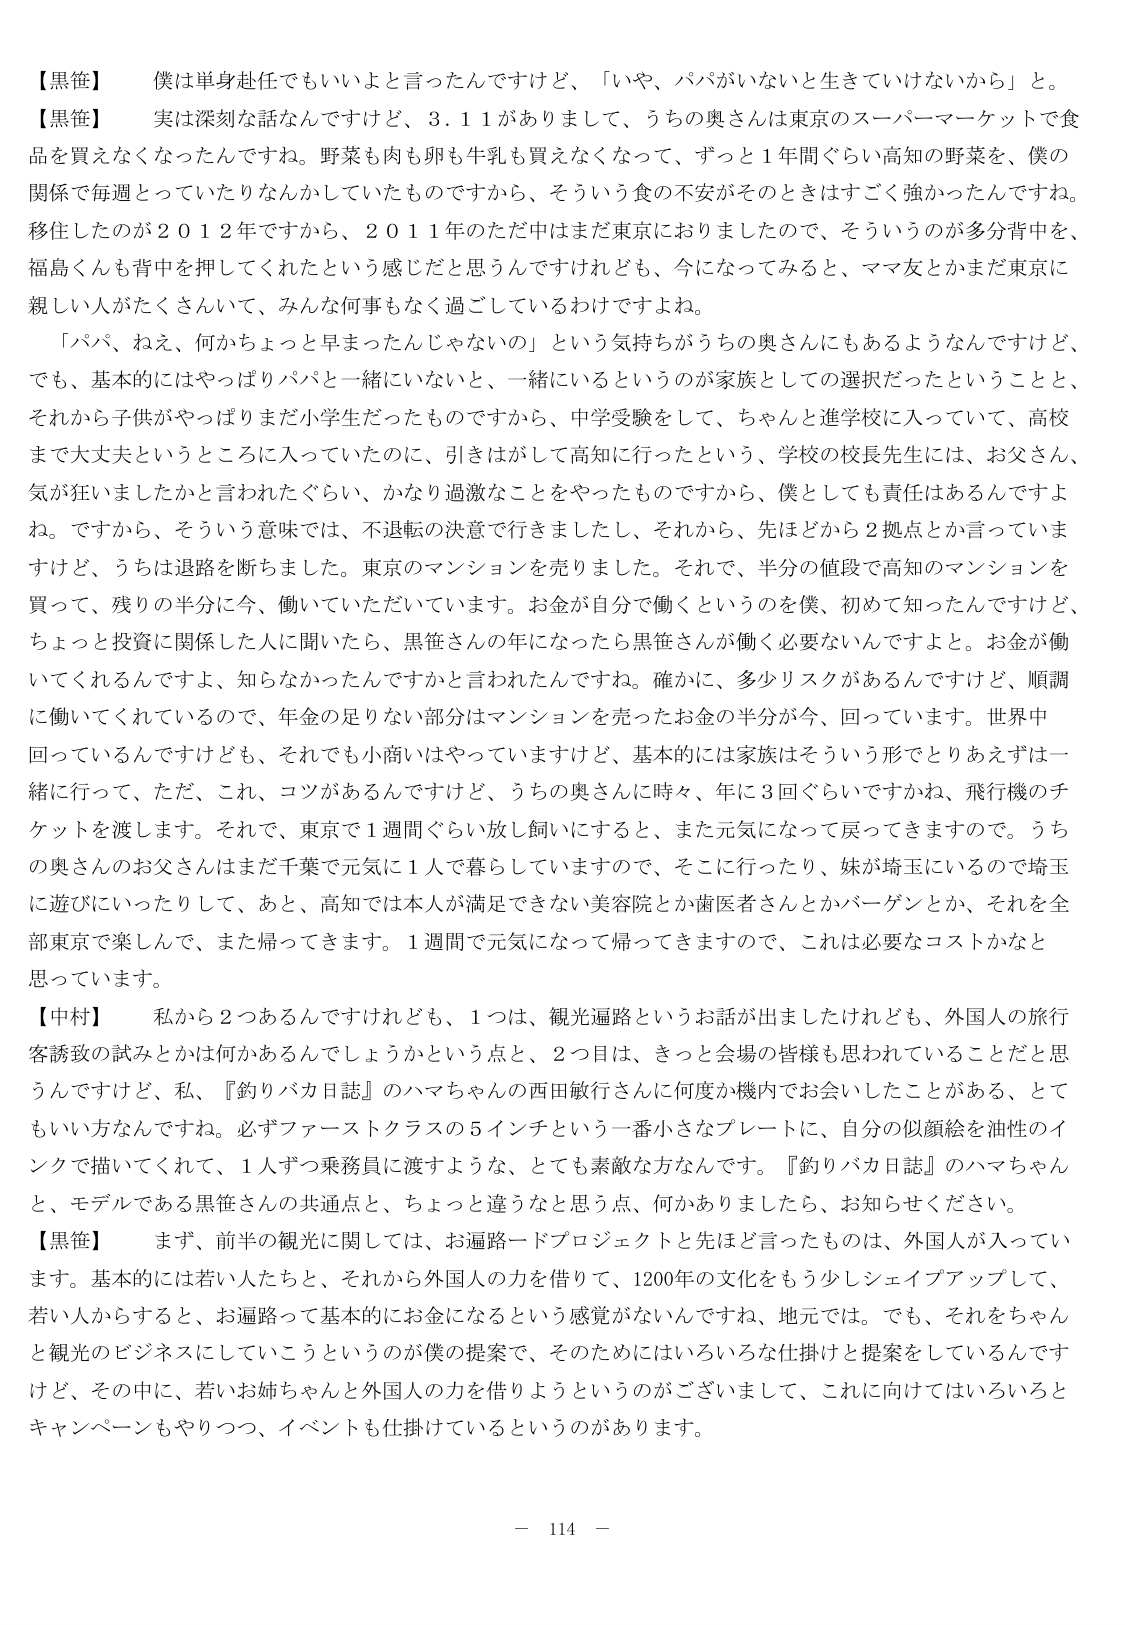
【黒笹】　僕は単身赴任でもいいよと言ったんですけど、「いや、パパがいないと生きていけないから」と。

【黒笹】　実は深刻な話なんですけど、3.11がありましたして、うちの奥さんは東京のスーパーマーケットで食品を買えなくなったんですね。野菜も肉も卵も牛乳も買えなくなって、ずっと1年間ぐらい高知の野菜を、僕の関係で毎週とっていたりなんかしていたものですから、そういう食の不安がそのときはすごく強かったんですね。移住したのが2012年ですから、2011年のただ中はまだ東京におりましたので、そういうのが多分背中を、福島くんも背中を押してくれたという感じだと思うんですけども、今になってみると、ママ友とかまだ東京に親しい人がたくさんいて、みんな何事もなく過ごしているわけですよ。

「パパ、ねえ、何かちょっと早まったんじゃないの」という気持ちがうちの奥さんにもあるようなんですけど、でも、基本的にはやっぱりパパと一緒いないと、一緒にいるというのが家族としての選択だったということと、それから子供がやっぱりまだ小学生だったものですから、中学受験をして、ちゃんと進学校に入っていて、高校まで大丈夫というところに入っていたのに、引きはがして高知に行ったという、学校の校長先生には、お父さん、気が狂いましたかと言われたぐらい、かなり過激なことをやったものですから、僕としても責任はあるんですよ。ですから、そういう意味では、不退転の決意で行きましたし、それから、先ほどから2拠点とか言っていま すけど、うちは退路を断ちました。東京のマンションを売りました。それで、半分の値段で高知のマンションを買って、残りの半分に今、働いていただいています。お金が自分で働くというのを僕、初めて知ったんですけど、ちょっと投資に関係した人に聞いたら、黒笹さんの年になったら黒笹さんが働く必要ないんですよと。お金が働いてくれるんですよ、知らなかったんですかと言われたんですね。確かに、多少リスクがあるんですけど、順調に働いてくれているので、年金の足りない部分はマンションを売ったお金の半分が今、回っています。世界中回っているんですけども、それでも小商いはやっていきますけど、基本的には家族はそういう形でとりあえずは一緒に行って、ただ、これ、コツがあるんですけど、うちの奥さんに時々、年に3回ぐらいですかね、飛行機のチケットを渡します。それで、東京で1週間ぐらい放し飼いにすると、また元気になって戻ってきますので。うちの奥さんのお父さんはまだ千葉で元気に1人で暮らしていますので、そこに行ったり、妹が埼玉にいるので埼玉に遊びにいったりして、あと、高知では本人が満足できない美容院とか歯医者さんとかバーゲンとか、それを全部東京で楽しんで、また帰ってきます。1週間で元気になって帰ってきますので、これは必要なコストかなと思っています。

【中村】　私から2つあるんですけども、1つは、観光逼路というお話が出ましたけれども、外国人の旅行客誘致の試みとかは何かあるんでしょうかという点と、2つ目は、きっと会場の皆様も思われていることだと思うんですけど、私、『釣りバカ日誌』のハマちゃんの西田敏行さんに何度か機内でお会いしたことがある、とてもいい方なんですね。必ずファーストクラスの5インチという一番小さなプレートに、自分の似顔絵を油性のインクで描いてくれて、1人ずつ乗務員に渡すような、とても素敵な方なんです。『釣りバカ日誌』のハマちゃんと、モデルである黒笹さんの共通点と、ちょっと違うと思う点、何かありましたら、お知らせください。

【黒笹】　まず、前半の観光に関しては、お遍路ードプロジェクトと先ほど言ったものは、外国人が入っています。基本的には若い人たちと、それから外国人の力を借りて、1200年の文化をもう少しシェイプアップして、若い人からすると、お遍路って基本的にお金になるろという感覚がないんですね、地元では。でも、それをちゃんと観光のビジネスにしていこうというのが僕の提案で、そのためにはいろいろな仕掛けと提案をしているんですけど、その中に、若いお姉ちゃんと外国人の力を借りようというのがございまして、これに向けてはいろいろとキャンペーンもやりつつ、イベントも仕掛けているというのがあります。

－ 114 －